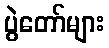
ပွဲတော်များ